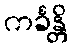
ကင်္ခန္တိ